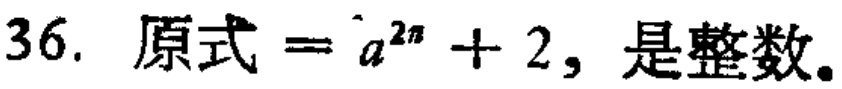
36. 原式 \(= a^{2n}+2\)，是整数。